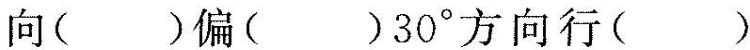
向( )偏( )30^{\circ}方向行( )